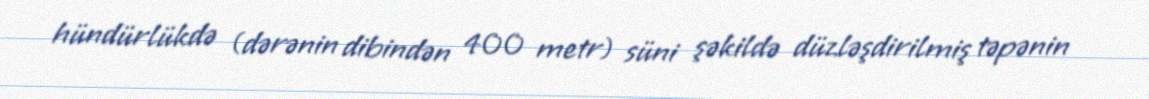
hündürlükdə (dərənin dibindən 400 metr) süni şəkildə düzləşdirilmiş təpənin